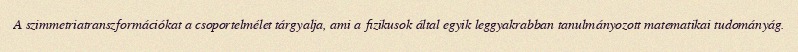
A szimmetriatranszformációkat a csoportelmélet tárgyalja, ami a fizikusok által egyik leggyakrabban tanulmányozott matematikai tudományág.